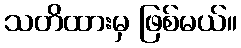
သတိထားမှ ဖြစ်မယ်။